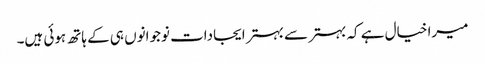
میرا خیال ہے کہ بہتر سے بہتر ایجادات نوجوانوں ہی کے ہاتھ ہوئی ہیں۔